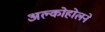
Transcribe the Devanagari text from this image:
अल्कोहोलने